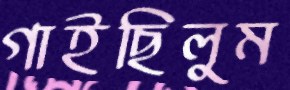
গাইছিলুম